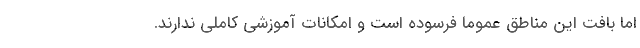
اما بافت این مناطق عموما فرسوده است و امکانات آموزشی کاملی ندارند.